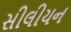
સીલીયન